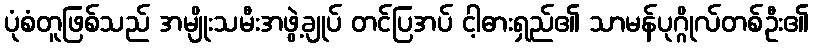
ပုံစံတူဖြစ်သည် အမျိုးသမီးအဖွဲ့ချုပ် တင်ပြအပ် ငါ့ဓားရှည်၏ သာမန်ပုဂ္ဂိုလ်တစ်ဦး၏